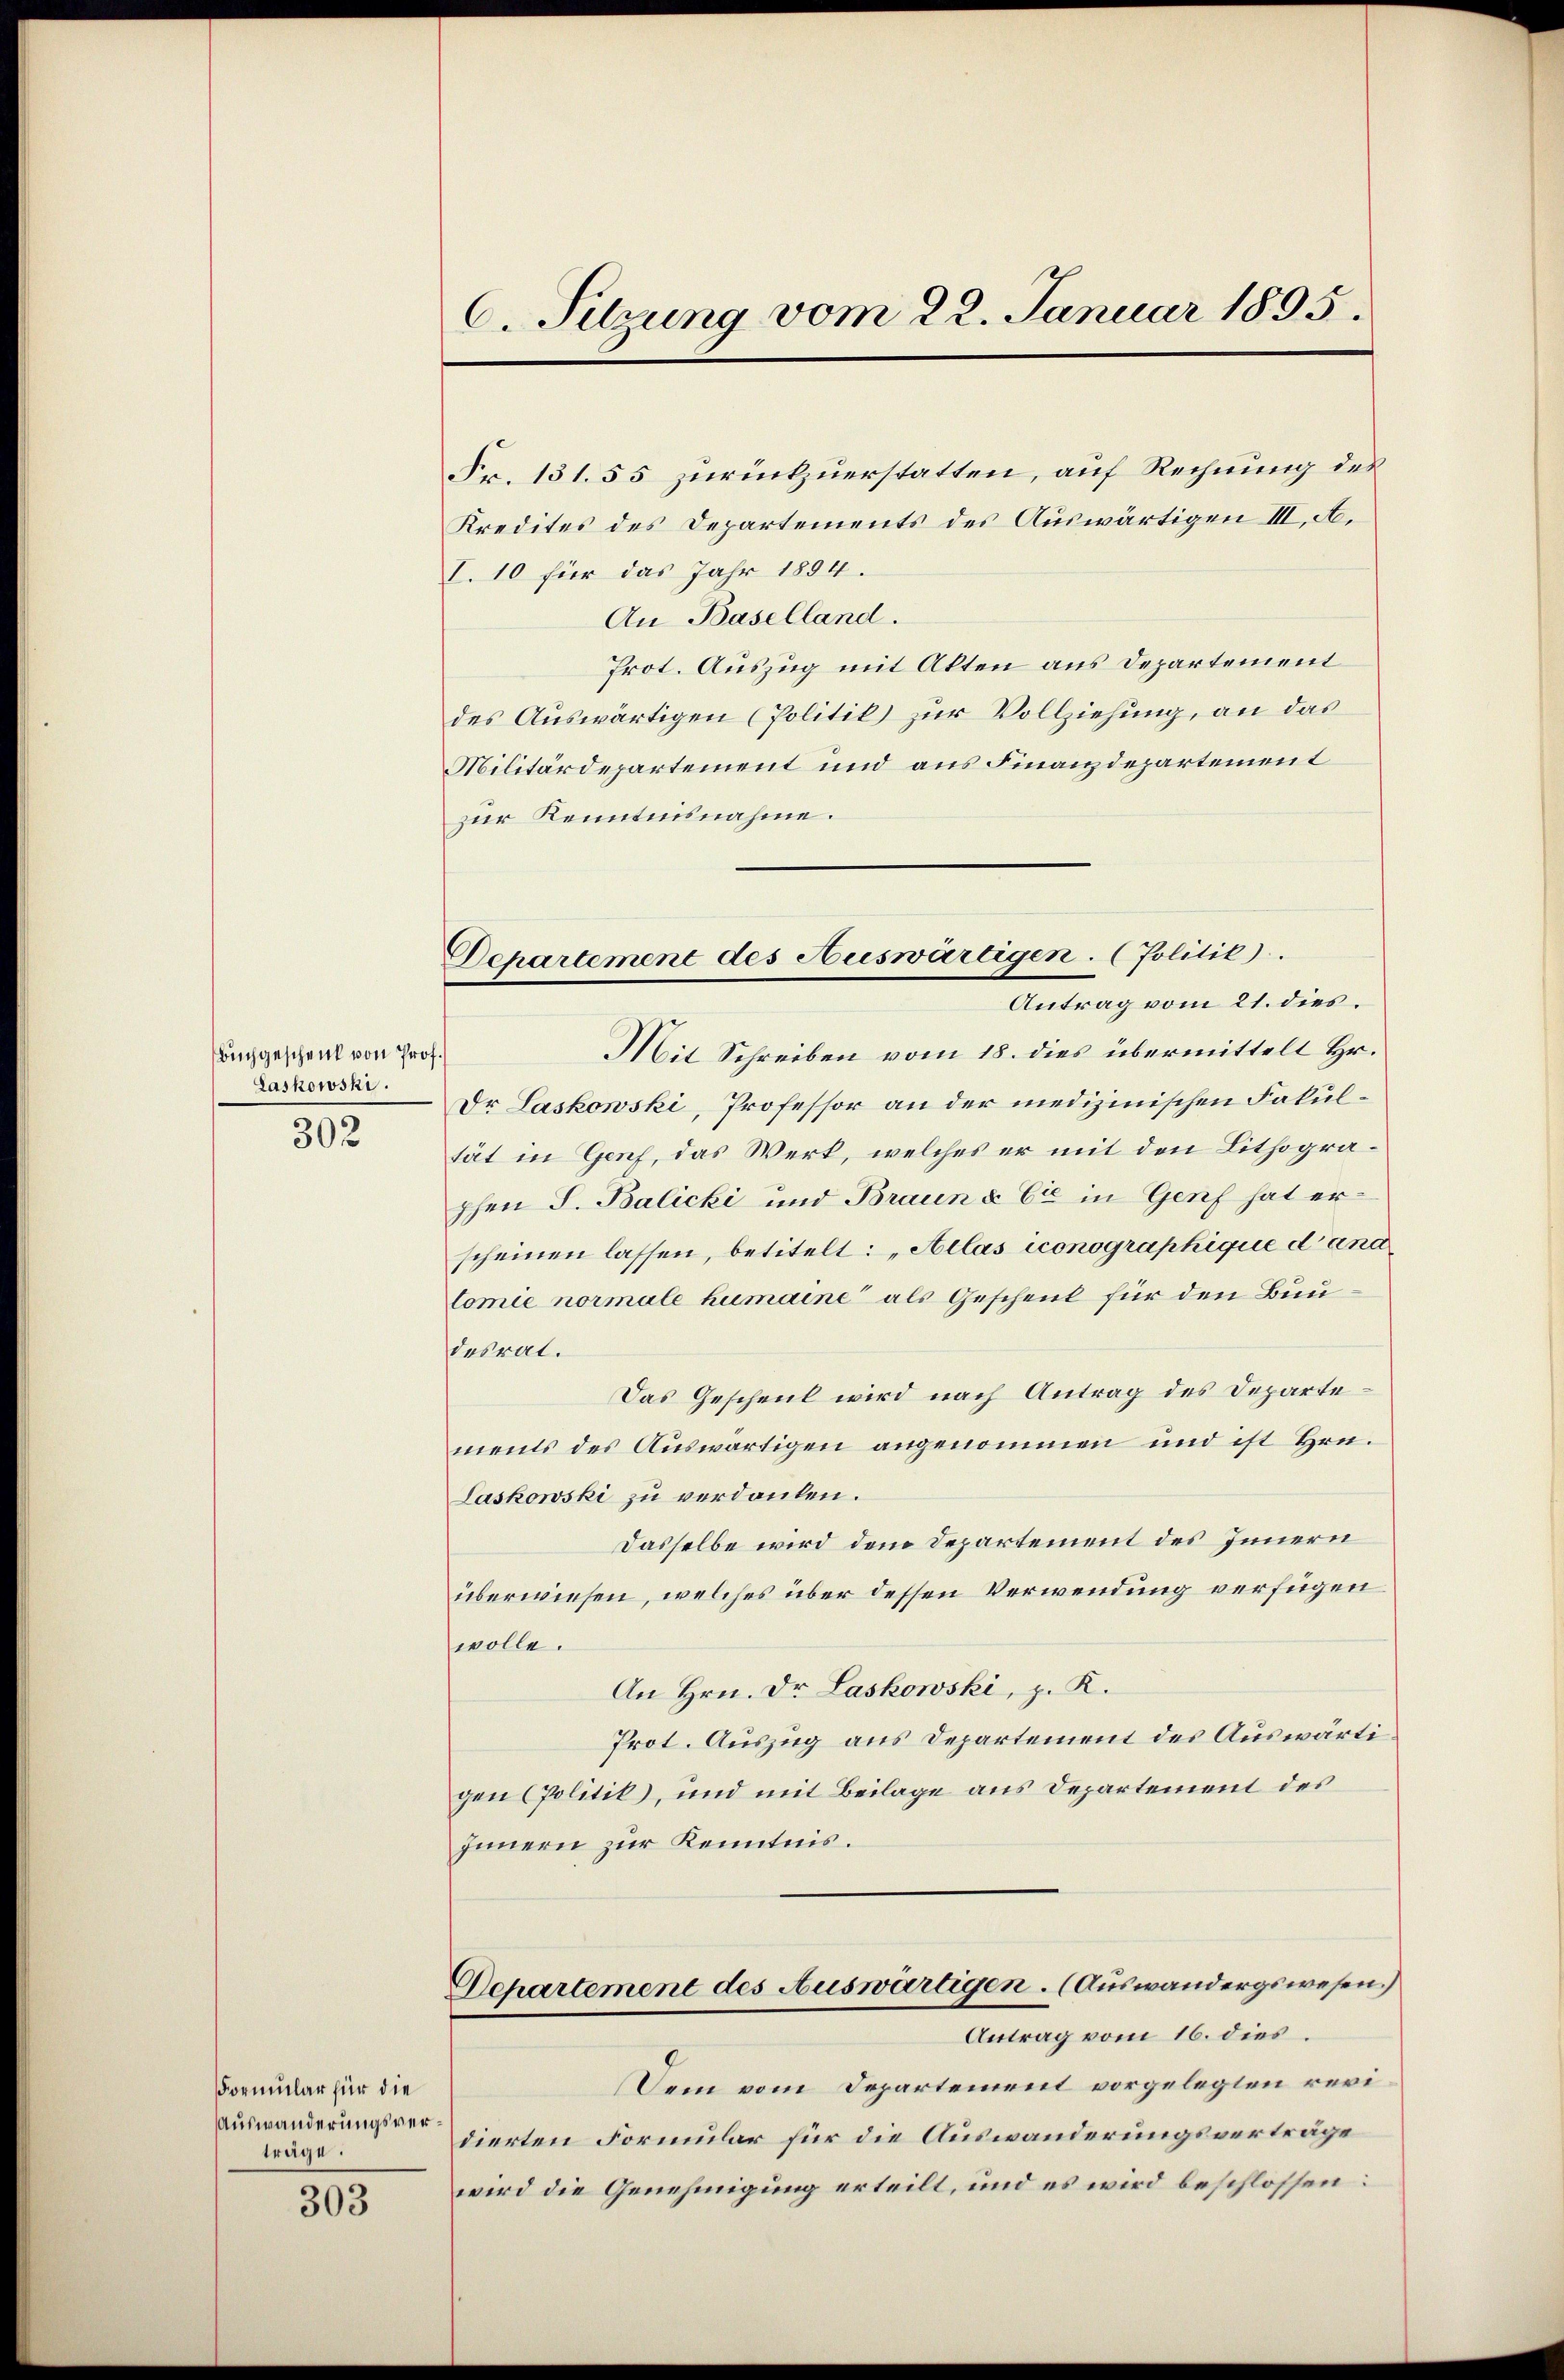
Buchgeschenk von Prof.
Laskowski.
302

Formular für die
Auswanderungsverträge.

303

C. Sitzung vom 22. Januar 1895.

Fr. 131. 55 zurückzuerstatten, auf Rechnung des
Kredites des Departements des Auswärtigen III. A.
I. 10 für das Jahr 1894.
An Baselland.
Prot. Auszug mit Akten aus Departement
des Auswärtigen (Politik zur Vollziehung, an das
Militärdepartement und aus Finanzdepartement
zur Kenntnisnahme.
Mit Schreiben vom 18. dies übermittelt Hr.
Dr Laskowski, Professor an der medizinischen Fakultät in Genf, das Werk, welches er mit den Lithographen S. Balicki und Braun & Cie in Genf hat erscheinen lassen, betitelt: „Allas iconographique dana
tomie normale humaine als Geschenk für den Bundesrat.
Das Geschenk wird nach Antrag des Departements des Auswärtigen angenommen und ist Hrn.
Laskowski zu verdanken.
Dasselbe wird dem Departement des Innern
überwiesen, welches über dessen Verwendung verfügen
wolle.
An Hrn. Dr. Laskowski, p. K.
Prot. Auszug aus Departement des Auswärtigen Politik, und mit Beilage aus Departement des
Innern zur Kenntnis.
Departement des Auswärtigen. (Auswandergswesen.)
Antrag vom 16. dies
Dem vom Departement vorgelegten revidierten Formular für die Auswanderungsverträge
wird die Genehmigung erteilt, und es wird beschlossen:

Departement des Auswärtigen. (Jolitik).
Antrag vom 21. dies